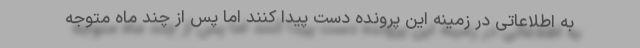
به اطلاعاتی در زمینه این پرونده دست پیدا کنند اما پس از چند ماه متوجه